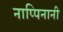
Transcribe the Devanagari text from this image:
नाप्पिनानी